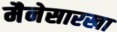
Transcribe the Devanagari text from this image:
मैनेसारखा